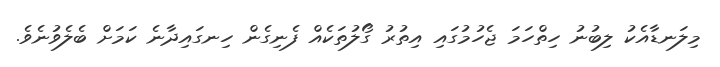
މިލަނޑާއެކު ލިބުނު ހިތްހަމަ ޖެހުމުގައި އިތުރު ގޯލުތަކެއް ފެނިގެން ހިނގައިދާނެ ކަމަށް ބެލެވުނެވެ.